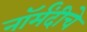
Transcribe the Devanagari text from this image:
नॉर्मंदीचे